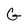
Character: G